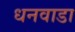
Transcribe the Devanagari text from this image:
धनवाडा